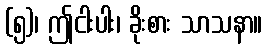
(၅)၊ ဤငါးပါး၊ ခိုးစား သာသနာ။